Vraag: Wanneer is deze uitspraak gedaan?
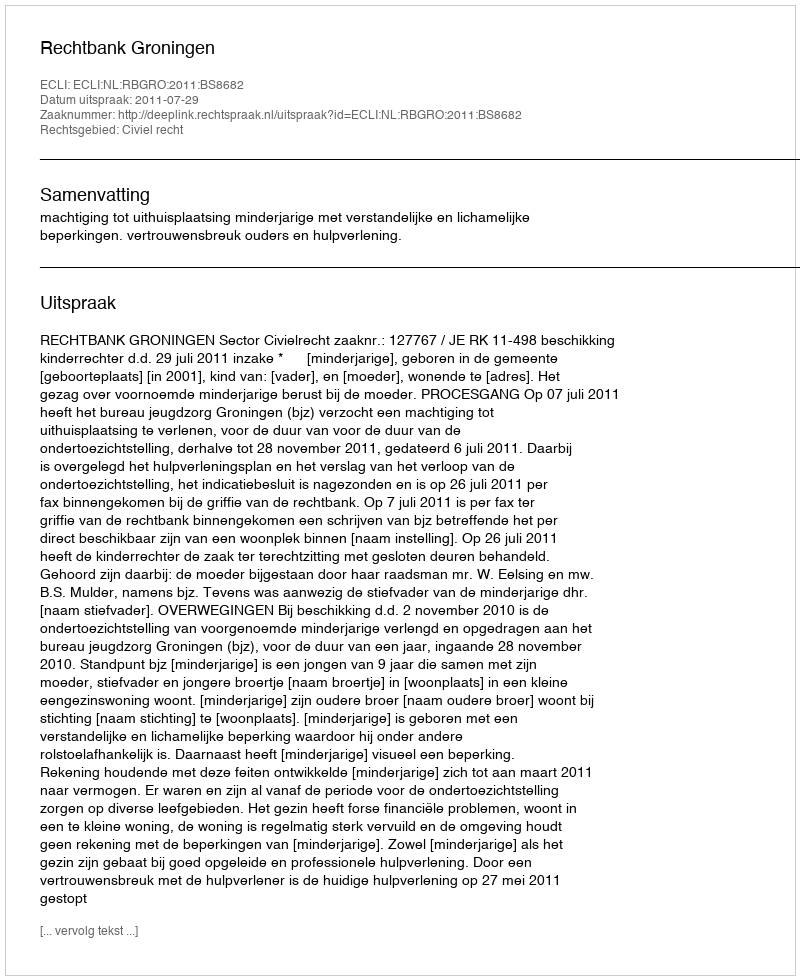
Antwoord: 2011-07-29